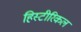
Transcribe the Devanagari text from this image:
हिस्टीरिकल